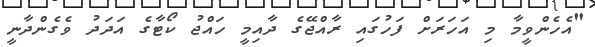
"އެހެންވީމާ މި އަހަރަށް ފަހުގައި ރާއްޖޭގެ ދާއިމީ ހައްޖު ކޯޓާގެ އަދަދު ވެގެންދާނީ